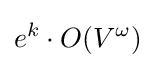
e^{k}\cdot O(V^{\omega })